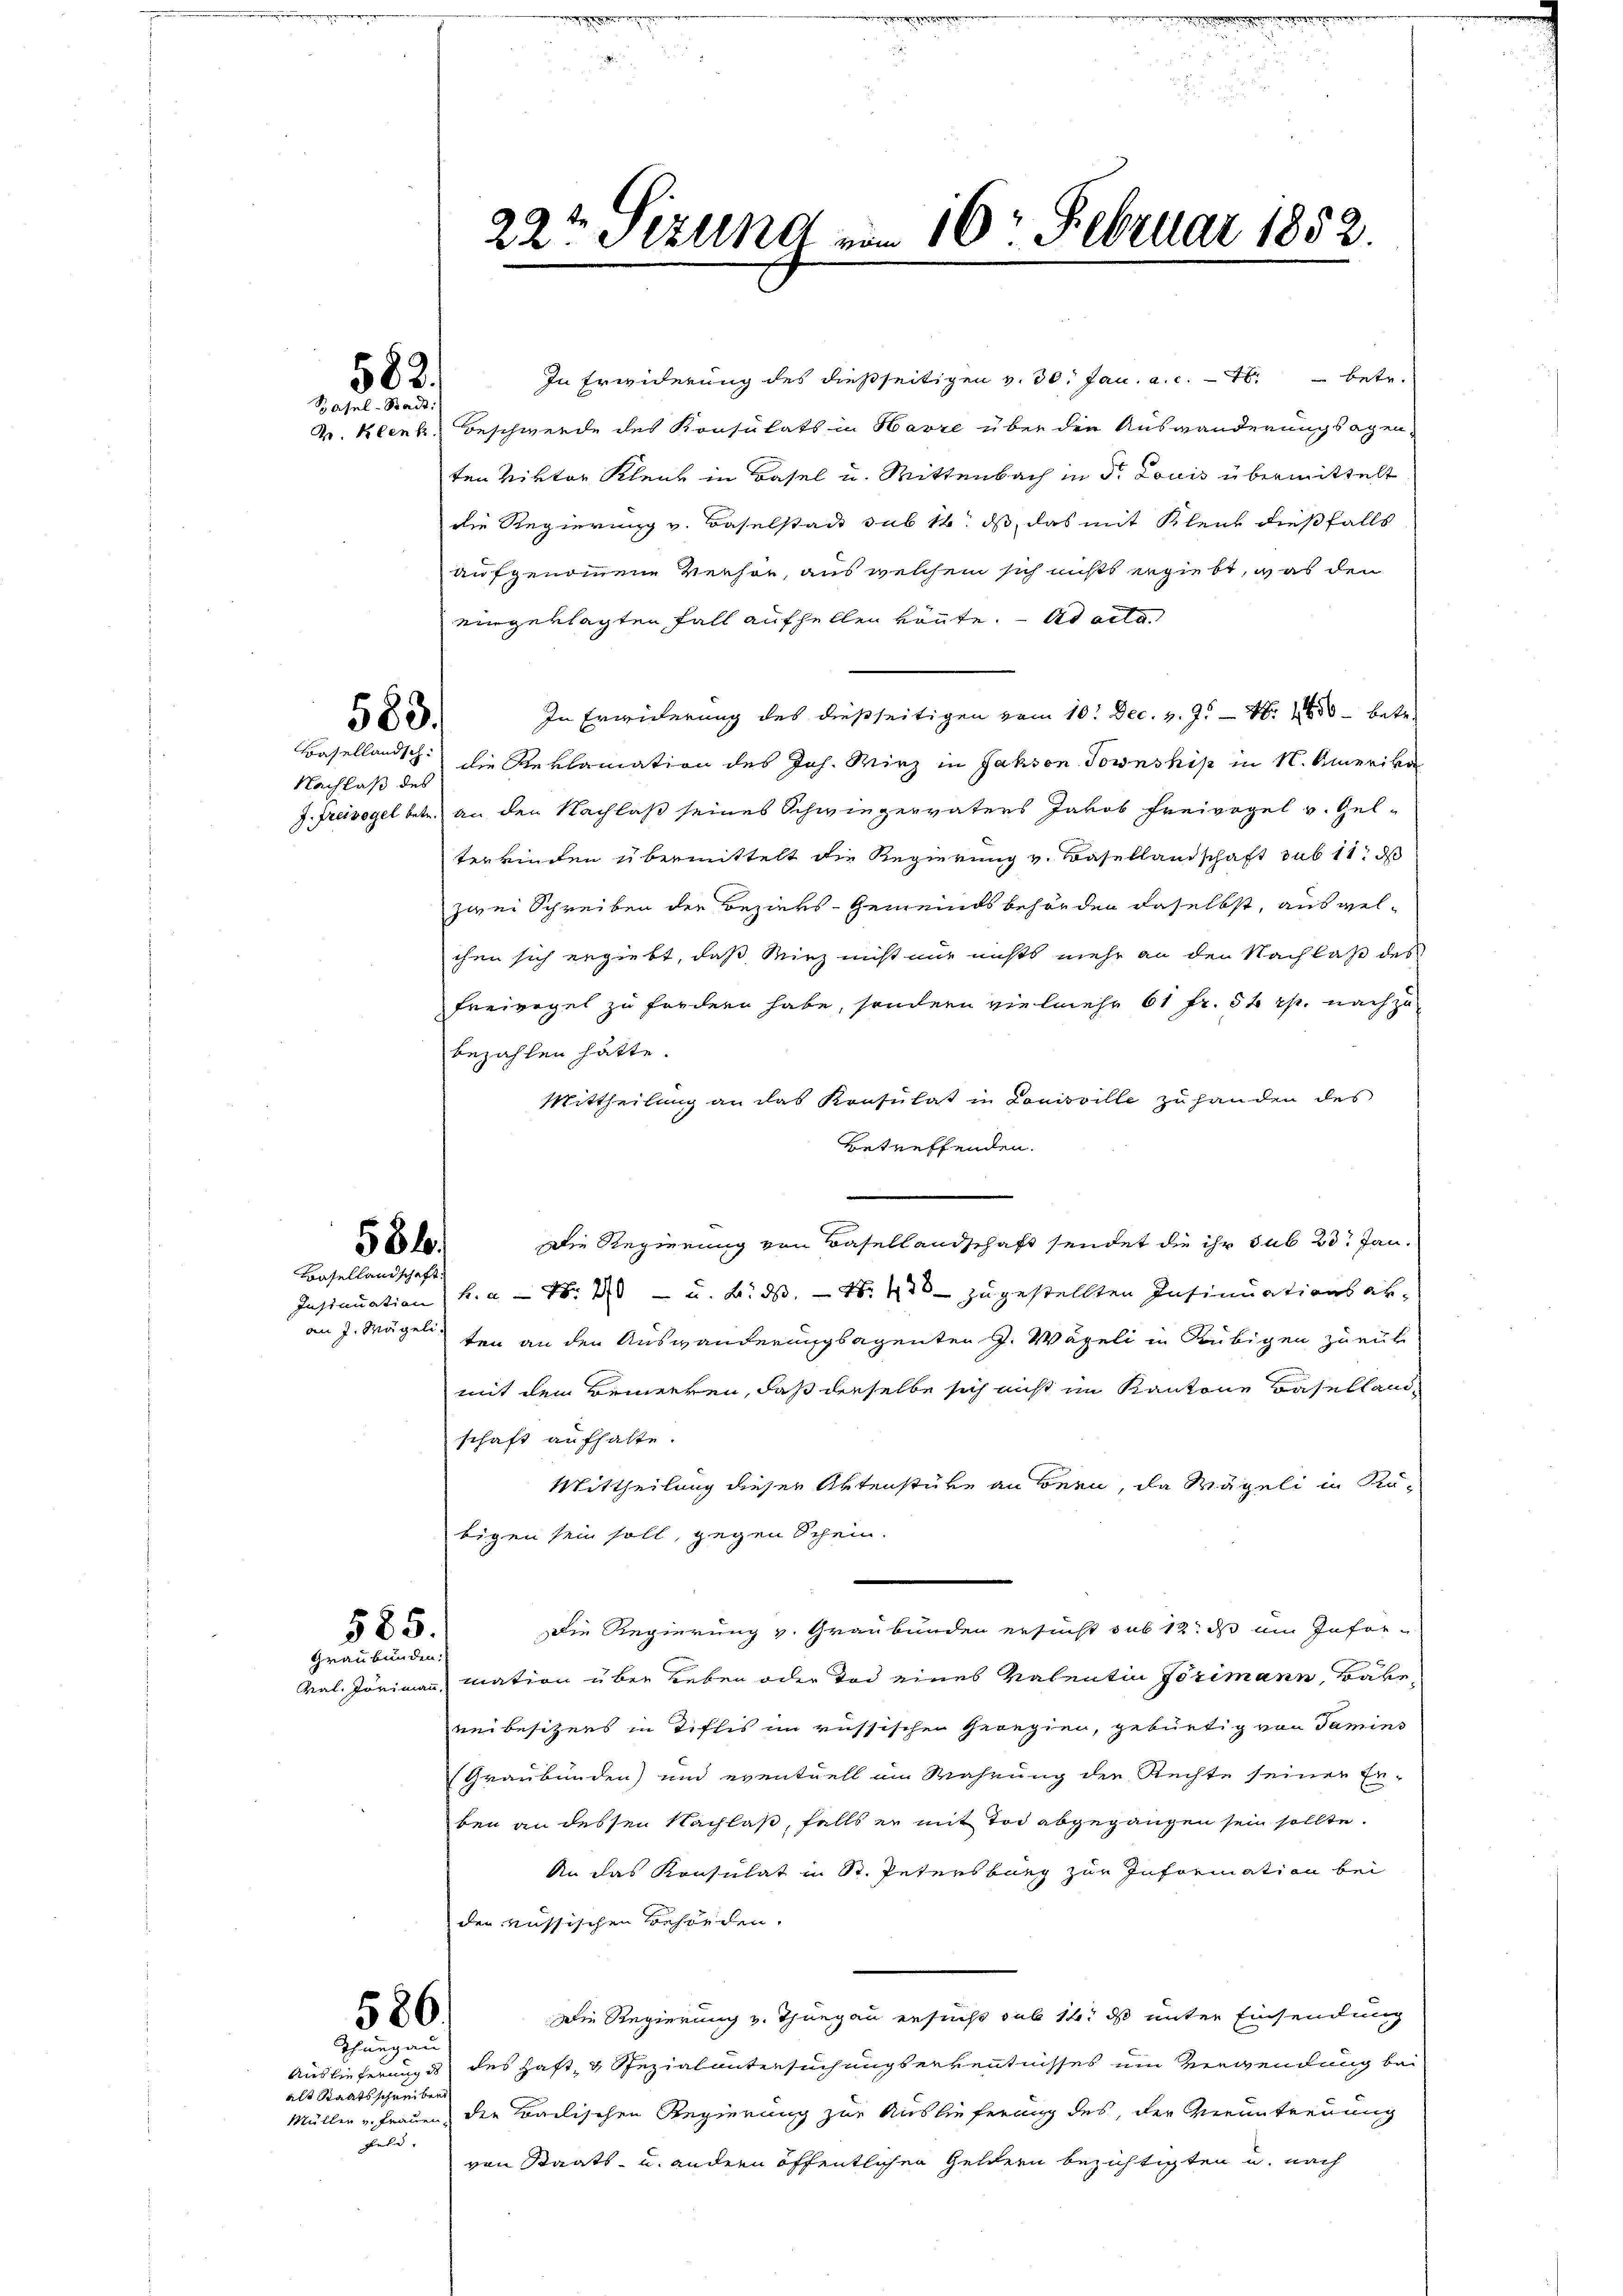
582.
Basel-Stadt:

583.

Nachlaß des

584.

Basellandschaft

585.
Graubünden:

586.
Thurgau.

alt Staatsschreiben
d

In Erwiderung des dießseitigen v. 30. Jan. a. c. betr.
V. Klenk, Beschwerde des Konsulats in Havre über den Auswanderungsagen-
ten Viktor Kleid in Basel u. Mittenbach in d. Louis übermittelt
die Regierung v. Baselstadt sub 14. ds, das mit Kleid dießfalls
aufgenommene Verhör, aus welchem sich nichts ergiebt, was den
eingeklagten Fall aufhellen könnte. — At alle
In Erwiderung des dießseitigen vom 10. Dec. v. J. Nr. 1450 - betr.
Basellands die Reklamation des Joh. Wirz in Jahson Township in N. Amerika
9. Freivogel betr. an den Nachlaß seines Schwiegervaters Jakob Freivogel v. Gel-
terkinden übermittelt die Regierung v. Basellandschaft sub 11 d
zwei Schreiben der Bezirks-Gemeindsbehörden daselbst, ausgel-
chen sich ergiebt, daß Wirz nicht nur nichts mehr an den Nachlaß des
Freiregel zu fordern habe, sondern vielmehr 61 fr. 54 r. nachzubezahlen hätte.
Mittheilung an das Konsulat in Louisville zu handen des
Betreffenden.
Insinuation h. a. Nr. 20 - u. B. ds. — N: 430 zugestellten Insinuationsakan J. Wägel den an den Auswanderungsagenten G. Wägeli in Rubigen zurük
mit dem Beinerken, daß derselbe sich nicht im Kantone Baselland
schaft aufhalte.
Mittheilung dieser Aktenstüke an Bern, da Wägeli in Rutigen sein soll, gegen Schein
Die Regierung v. Graubünden ersucht sub 12. ds um Infor-
val. Jörimann mation über Leben oder doch eines Valentin Jörimann, Bäke
weibesitzers in Tiflis im russischen Georgien, gebürtig von Tamins
Graubünden) und eventuell im Wahrung der Rechte seiner Er-
ben an dessen Nachlaß, falls er mit Tod abgegangen sein sollte.
An das Konsulat in St. Petersburg zur Information bei
der russischen Behörden.
Die Regierung z. Thurgau ersucht sub 14. d unter Einsendung
Auslieferung des Haft & Spezialuntersuchungserkenntnisses um Verwendung bei
Müller u. Frauen die Laelischen Regierung zur Auslieferung des, der Verantreuung
von Staats- u. andern öffentlichen Geldern bezichtigten u. nach

22ten Sizung von 16. Februar 1852.

Die Regierung von Basellandschaft sendet die ihr sub 23. Jan.